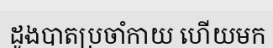
ដូងបាតប្រចាំកាយ ហើយមក